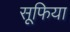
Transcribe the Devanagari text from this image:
सूफिया